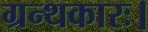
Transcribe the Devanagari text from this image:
ग्रन्थकारः।